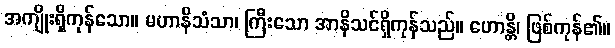
အကျိုးရှိကုန်သော။ မဟာနိသံသာ၊ ကြီးသော အာနိသင်ရှိကုန်သည်။ ဟောန္တိ၊ ဖြစ်ကုန်၏။